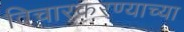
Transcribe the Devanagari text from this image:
विचारकरण्याच्या